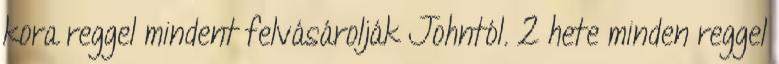
kora reggel mindent felvásárolják Johntól. 2 hete minden reggel